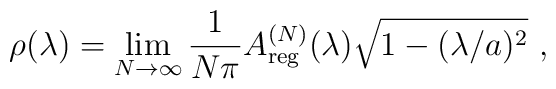
\rho(\lambda)=\lim_{N\to\infty}\frac{1}{N\pi}A_{\rm reg}^{(N)}(\lambda)\sqrt{1-(\lambda/a)^2} \ ,